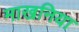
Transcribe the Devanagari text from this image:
माखनिया